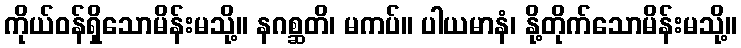
ကိုယ်ဝန်ရှိသောမိန်းမသို့။ နဂစ္ဆတိ၊ မကပ်။ ပါယမာနံ၊ နို့တိုက်သောမိန်းမသို့။